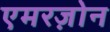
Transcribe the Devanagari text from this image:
एमरज़ोन